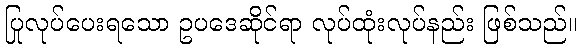
ပြုလုပ်ပေးရသော ဥပဒေဆိုင်ရာ လုပ်ထုံးလုပ်နည်း ဖြစ်သည်။